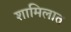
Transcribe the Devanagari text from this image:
शामिलात